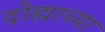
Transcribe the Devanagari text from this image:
दोह्याच्या